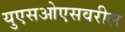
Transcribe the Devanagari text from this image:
युएसओएसवरील